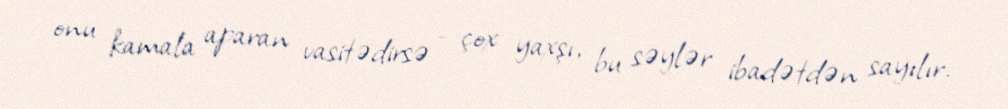
onu kamala aparan vasitədirsə - çox yaxşı, bu səylər ibadətdən sayılır.